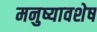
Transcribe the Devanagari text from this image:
मनुष्यावशेष